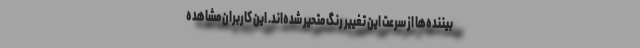
بیننده‌ها از سرعت این تغییر رنگ متحیر شده‌اند. این کاربران مشاهده